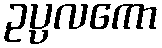
ဥပ္ပလကော